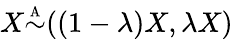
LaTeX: X{\overset{\underset{\mathrm{A}}{}}{\sim}}((1-\lambda)X,\lambda X)